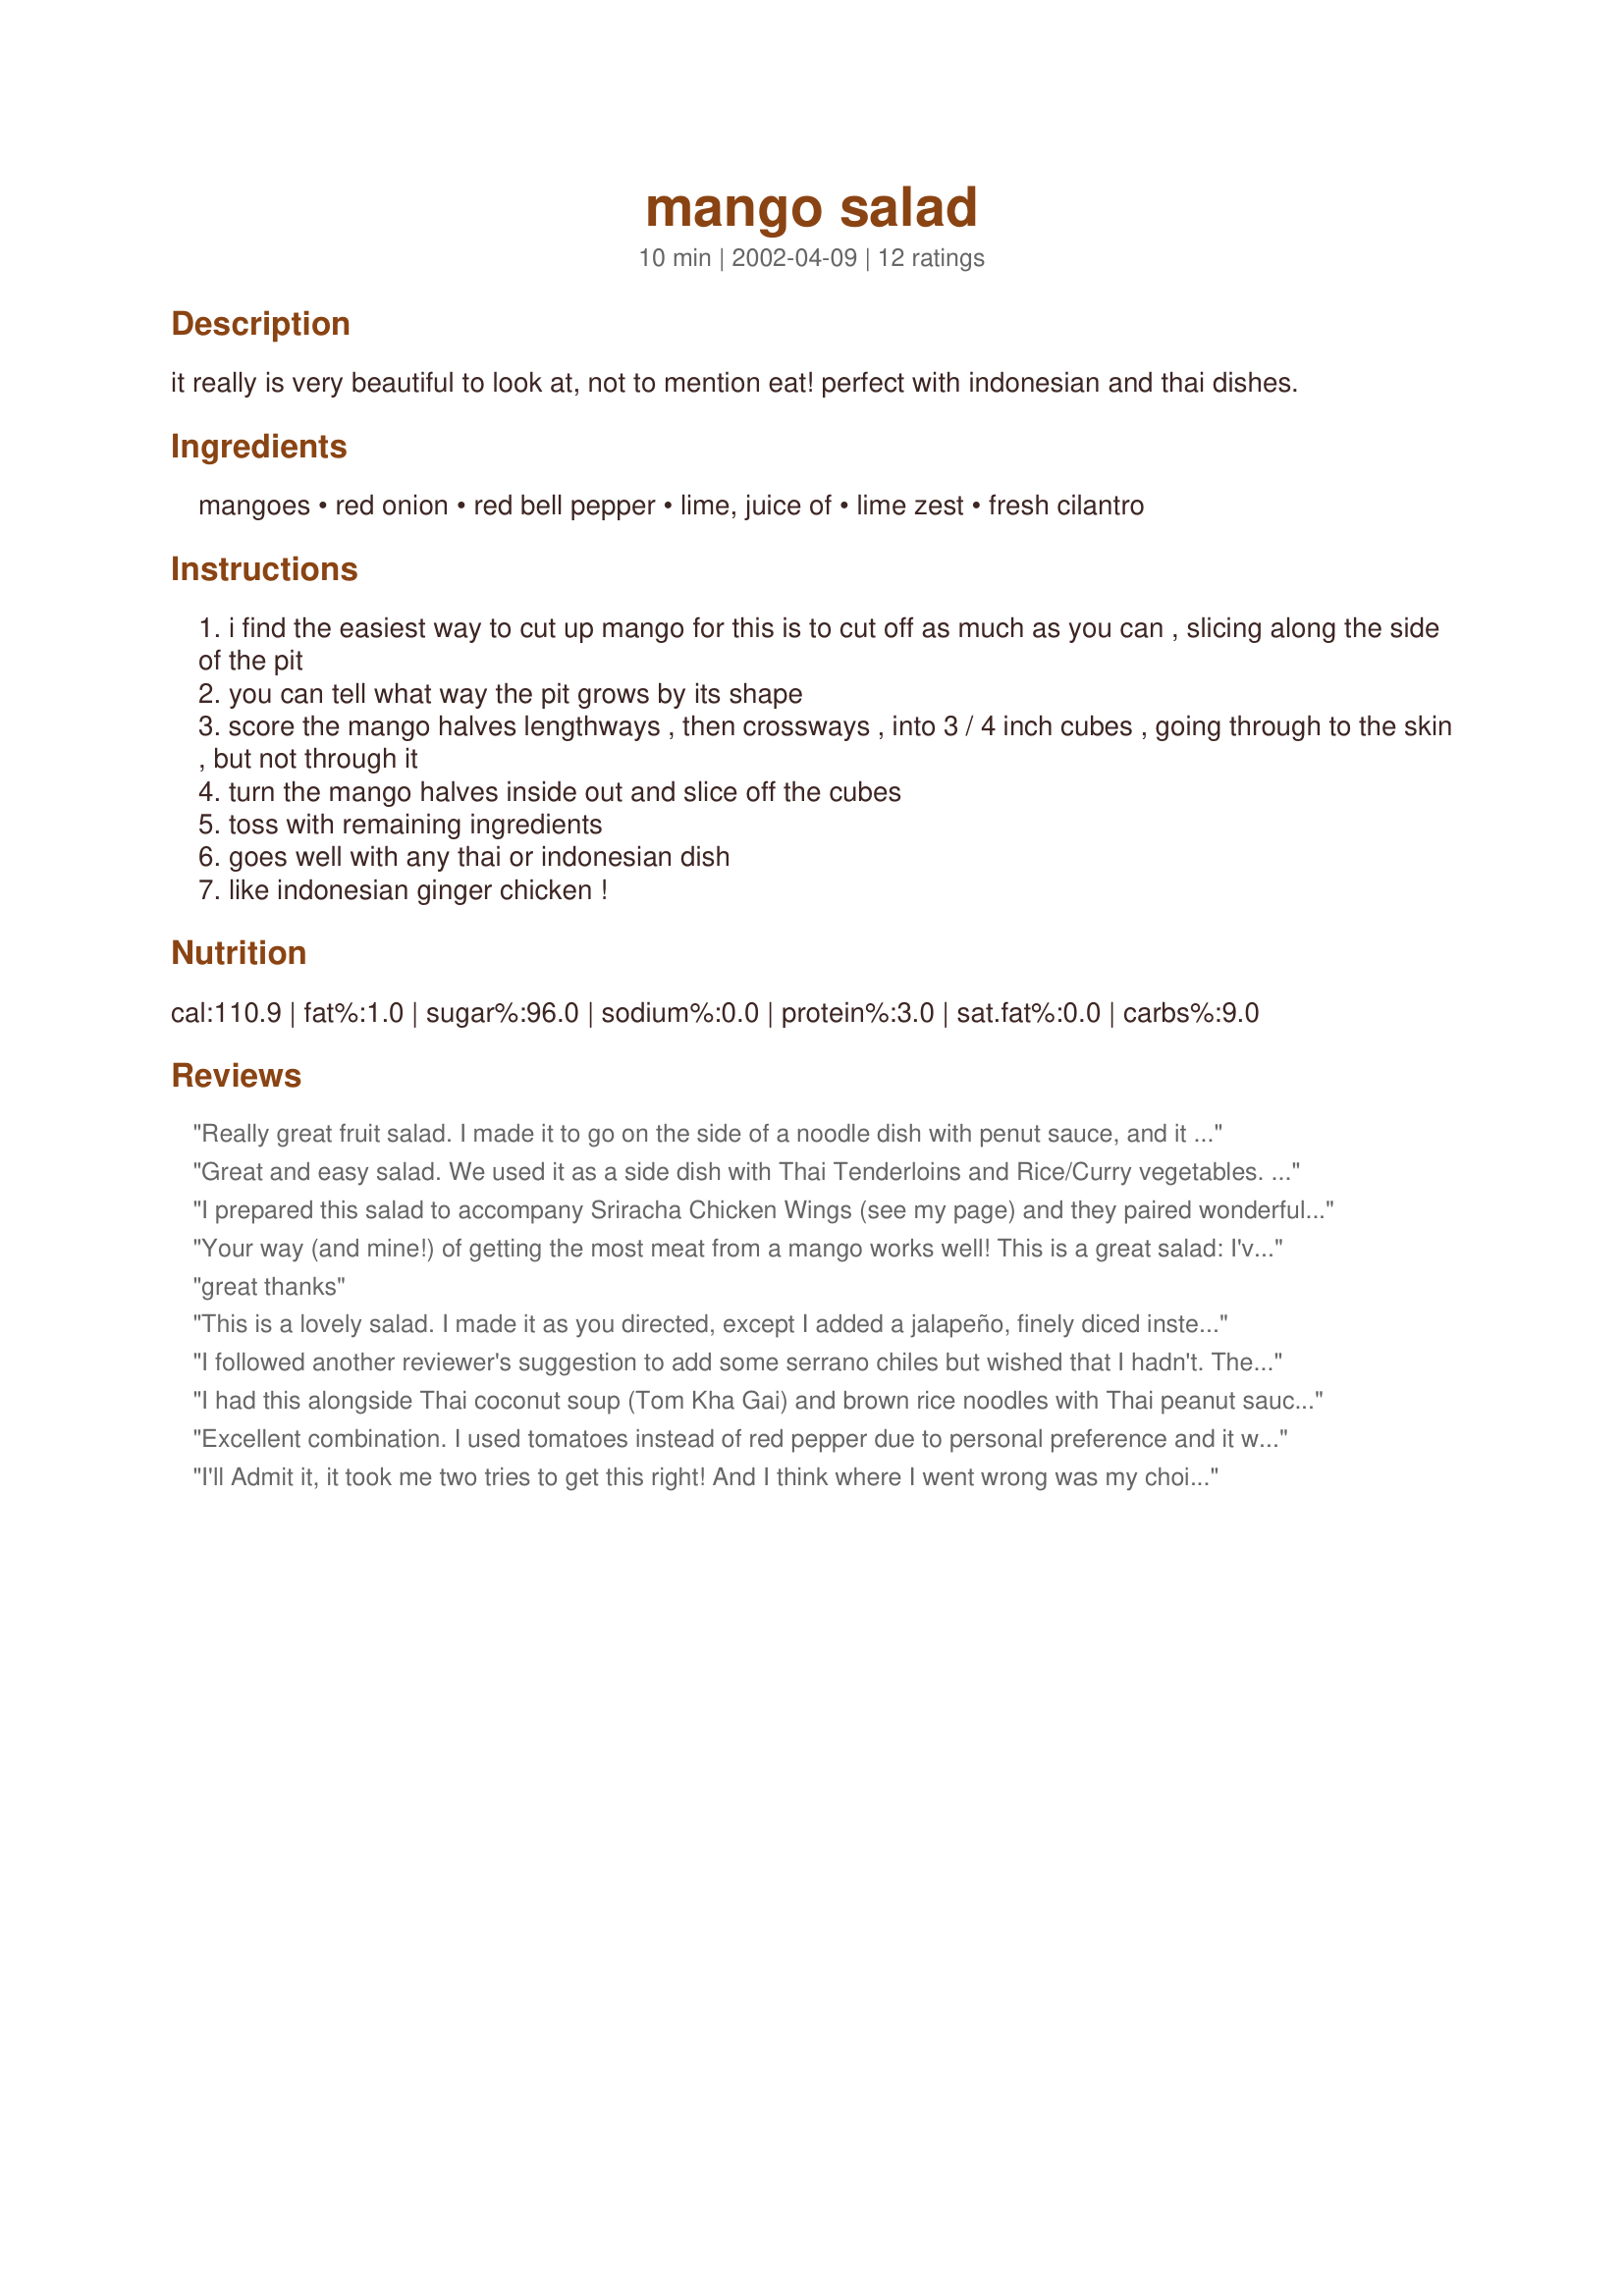
mango salad
Preparation time: 10 minutes

it really is very beautiful to look at, not to mention eat! perfect with indonesian and thai dishes.

Ingredients:
mangoes, red onion, red bell pepper, lime, juice of, lime zest, fresh cilantro

Steps:
i find the easiest way to cut up mango for this is to cut off as much as you can , slicing along the side of the pit
you can tell what way the pit grows by its shape
score the mango halves lengthways , then crossways , into 3 / 4 inch cubes , going through to the skin , but not through it
turn the mango halves inside out and slice off the cubes
toss with remaining ingredients
goes well with any thai or indonesian dish
like indonesian ginger chicken !

Reviews:
Really great fruit salad. I made it to go on the side of a noodle dish with penut sauce, and it complemented very well. 

Make sure you pick out ripe mangos - they shoudl be quite soft to the touch.
Great and easy salad. We used it as a side dish with Thai Tenderloins and Rice/Curry vegetables. As part of a Thai theme dinner we found that having this fruit side dish can help take some of the bite away from dishes that guests find too spicey or hot. It's very tasty and adds bright colour to your presentation.
I prepared this salad to accompany Sriracha Chicken Wings (see my page) and they paired wonderfully! My only alteration was julienning the mango and veggies (I like to eat small bites). Fan-tiggity-tastic!
Your way (and mine!) of getting the most meat from a mango works well! This is a great salad: I've made it twice already. Since I don't like the flavor of cilantro, I substituted fresh curly parsley leaves from my herb garden and that worked just fine.
great thanks
This is a lovely salad. I made it as you directed, except I added a jalapeño, finely diced instead of the green bell pepper. The cilantro adds a nice piquant flavor to the ripe mangos. Actually, I served this as a side for spicy enchiladas. The cool flavors of this salad are perfect for for spicy dishes. Thanks so much for sharing this recipe. Definately a keeper. I love the photograph someone posted above!
I followed another reviewer's suggestion to add some serrano chiles but wished that I hadn't. The salad reminded me too much of mango salsa. I picked it off my serving so I could enjoy the salad and will make it as written next time.
I had this alongside Thai coconut soup (Tom Kha Gai) and brown rice noodles with Thai peanut sauce. It was paired delightfully, and was a wonderful, fresh dish. I never would have considered sweet mango with other ingredients such as what it called for, but I will guaranteed be making this again and again.
Excellent combination. I used tomatoes instead of red pepper due to personal preference and it worked out well. I also added a bit of sugar as my mangos weren't perfectly ripe. Thanks.
I'll Admit it, it took me two tries to get this right! And I think where I went wrong was my choice of ingredients I used. The first time I tried this, I used ingredients that I bought from a shop near my locality. Needless to say I wasn't happy, but the second time I tried this - I ordered from www.baliorganic.id, an organic vegetable delivery service in Bali that my friend recommended! And it made a world of a difference! Making high great food comes after getting hands on the right vegetables and produce! You guys must must check them out! I turned my recipe around.
I loved this salad. The mixture of the sweet fruit and the savoury onion and peppers. So good. I served this with some Pad Thai and Thai zucchini. Thanks so much for sharing this recipe with us.
I used the smaller (sweeter) apple mangoes and it worked wonderfully! What an easy and delicious recipe. The guys and gals at the hall loved it.
